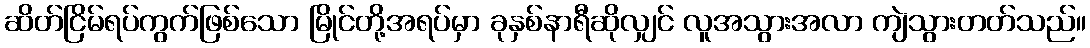
ဆိတ်ငြိမ်ရပ်ကွက်ဖြစ်သော မြိုင်တို့အရပ်မှာ ခုနှစ်နာရီဆိုလျှင် လူအသွားအလာ ကျဲသွားတတ်သည်။